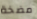
مضخة